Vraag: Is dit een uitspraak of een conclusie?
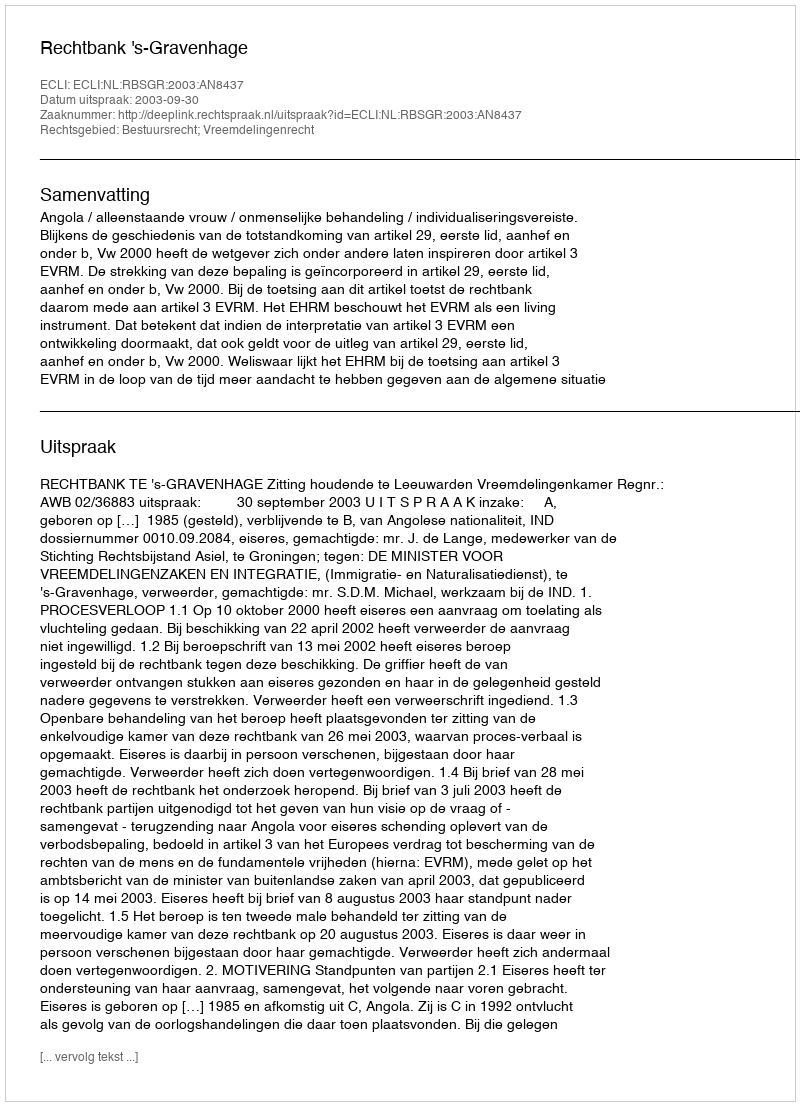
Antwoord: Uitspraak